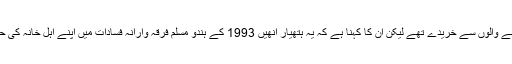
انھوں نے ہتھیار بم دھماکہ کرنے والوں سے خریدے تھے لیکن ان کا کہنا ہے کہ یہ ہتھیار انھیں 1993 کے ہندو مسلم فرقہ وارانہ فسادات میں اپنے اہل خانہ کی حفاظت کے لیے ضروری تھے۔